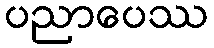
ပညာပေဿ